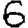
Digit: 6